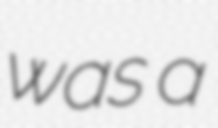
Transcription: was a